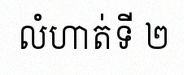
លំហាត់ទី ២